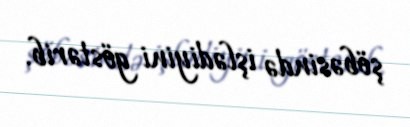
şöbəsində işlədiyini göstərib.